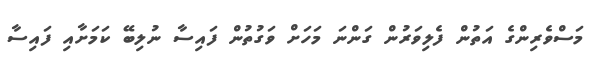
މަސްވެރިންގެ އަތުން ފެލިވަރުން ގަންނަ މަހަށް ވަގުތުން ފައިސާ ނުލިބޭ ކަމަށާއި ފައިސާ